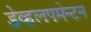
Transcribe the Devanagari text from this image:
डेव्हलपमेन्टन